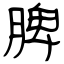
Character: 脾